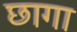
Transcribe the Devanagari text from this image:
छागा